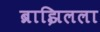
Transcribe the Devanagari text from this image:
ब्राझिलला